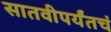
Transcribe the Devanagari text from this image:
सातवीपर्यंतचं